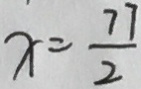
x = \frac { 7 7 } { 2 }